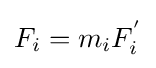
F_{i}=m_{i}F_{i}^{'}